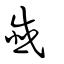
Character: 韱